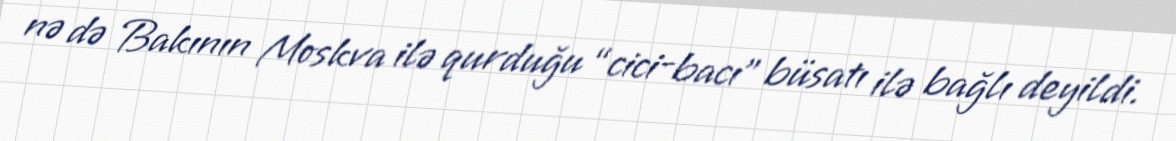
nə də Bakının Moskva ilə qurduğu “cici-bacı” büsatı ilə bağlı deyildi.